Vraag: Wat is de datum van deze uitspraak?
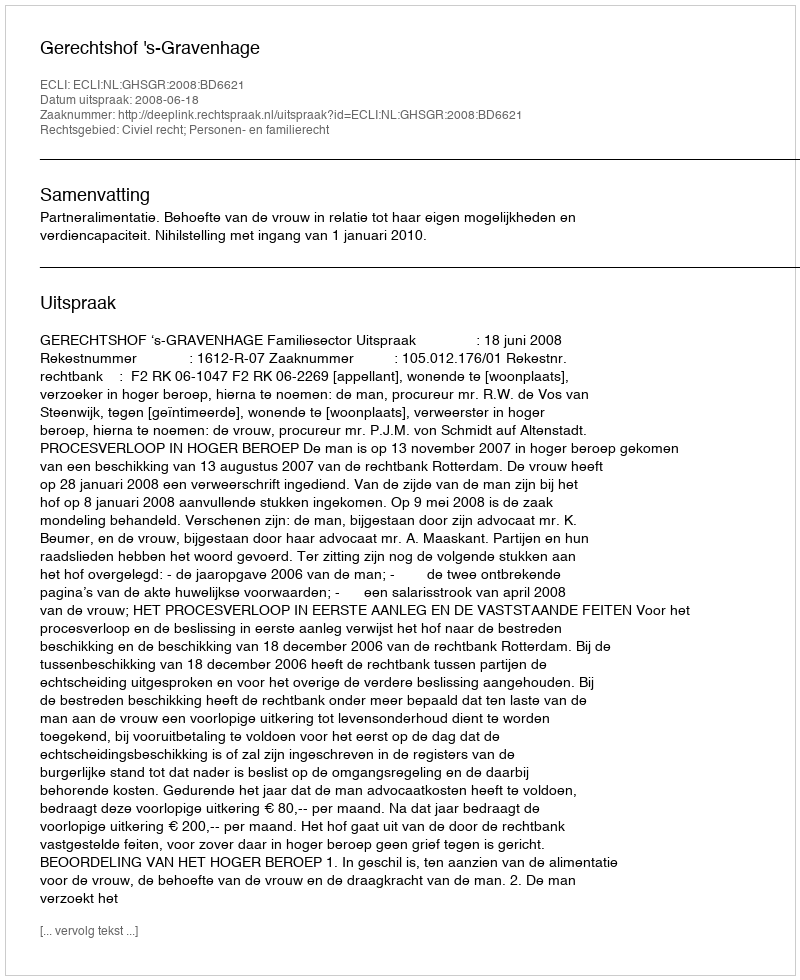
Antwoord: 2008-06-18